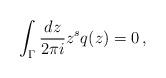
LaTeX: \begin{align*}\int_\Gamma\frac{dz}{2\pi i}z^sq(z) = 0 \,,\end{align*}